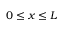
0 \le x \le L